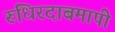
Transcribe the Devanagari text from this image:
रुधिरदाबमापी